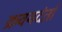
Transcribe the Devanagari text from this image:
क्रवयदंतों